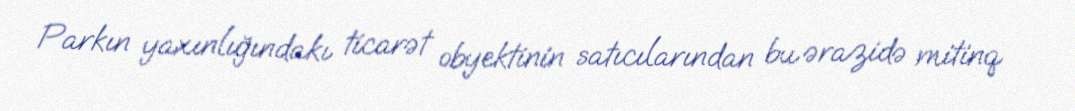
Parkın yaxınlığındakı ticarət obyektinin satıcılarından bu ərazidə mitinq